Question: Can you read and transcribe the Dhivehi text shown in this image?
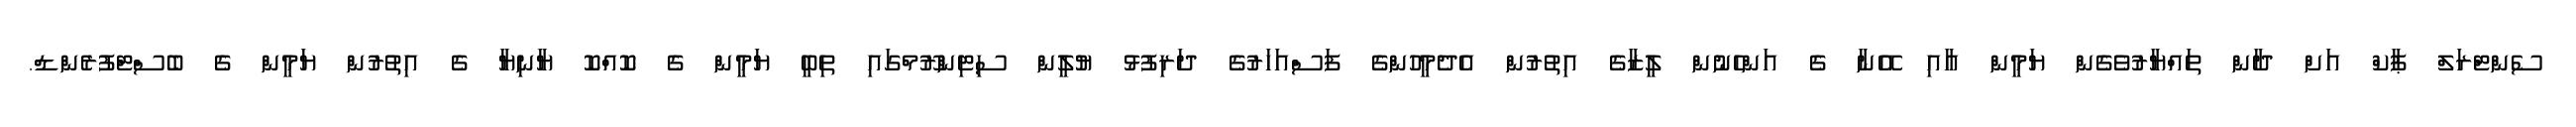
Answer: ސެންޓްރަލް ޕާކް އަށް ދާން ތައްޔާރުވެގެން ޔަމީން އާއި އޭނާ ގެ އަންހެނުން ލީޒާގެ އިތުރުން އެދެމީހުންގެ ފަސްއަހަރުގެ ދަރިފުޅު ޔުލީން ސިޓިންރޫމްގައި ތިބީ ޔަމީން ގެ ކޮއްކޮ ޔާނިޔާ ގެ އިތުރުން ޔަމީން ގެ ބެސްޓްފުރެންޑް.